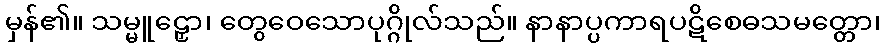
မှန်၏။ သမ္မူဠှော၊ တွေဝေသောပုဂ္ဂိုလ်သည်။ နာနာပ္ပကာရပဋိစေဓသမတ္တော၊